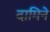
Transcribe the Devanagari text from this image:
दामिने